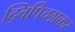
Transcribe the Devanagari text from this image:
द्विपिच्छाकर